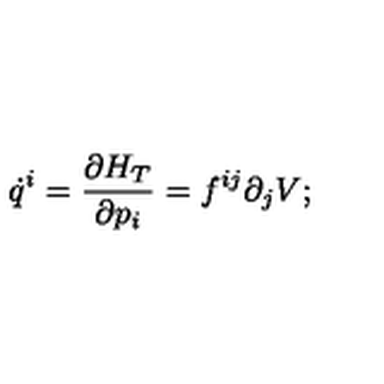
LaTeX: \dot { q } ^ { i } = \frac { \partial H _ { T } } { \partial p _ { i } } = f ^ { i j } \partial _ { j } V ;